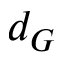
d _ { G }